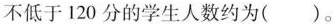
不低于120分的学生人数约为()。